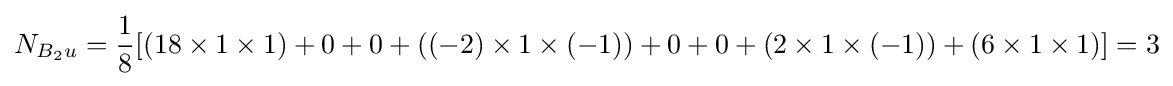
N_{B_{2}u}={\frac {1}{8}}[(18\times 1\times 1)+0+0+((-2)\times 1\times (-1))+0+0+(2\times 1\times (-1))+(6\times 1\times 1)]=3